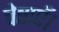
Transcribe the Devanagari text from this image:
चेष्टाएँ।